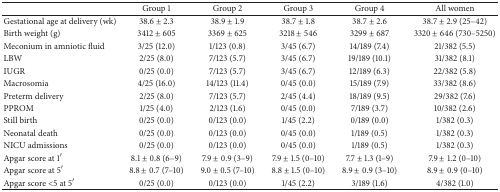
<table><thead><tr><td><b> </b></td><td><b>Group 1</b></td><td><b>Group 2</b></td><td><b>Group 3</b></td><td><b>Group 4</b></td><td><b>All women</b></td></tr></thead><tbody><tr><td>Gestational age at delivery (wk)</td><td>38.6 ± 2.3</td><td>38.9 ± 1.9</td><td>38.7 ± 1.8</td><td>38.7 ± 2.6</td><td>38.7 ± 2.9 (25–42)</td></tr><tr><td>Birth weight (g)</td><td>3412 ± 605</td><td>3369 ± 625</td><td>3218 ± 546</td><td>3299 ± 687</td><td>3320 ± 646 (730–5250)</td></tr><tr><td>Meconium in amniotic fluid</td><td>3/25 (12.0)</td><td>1/123 (0.8)</td><td>3/45 (6.7)</td><td>14/189 (7.4)</td><td>21/382 (5.5)</td></tr><tr><td>LBW</td><td>2/25 (8.0)</td><td>7/123 (5.7)</td><td>3/45 (6.7)</td><td>19/189 (10.1)</td><td>31/382 (8.1)</td></tr><tr><td>IUGR</td><td>0/25 (0.0)</td><td>7/123 (5.7)</td><td>3/45 (6.7)</td><td>12/189 (6.3)</td><td>22/382 (5.8)</td></tr><tr><td>Macrosomia</td><td>4/25 (16.0)</td><td>14/123 (11.4)</td><td>0/45 (0.0)</td><td>15/189 (7.9)</td><td>33/382 (8.6)</td></tr><tr><td>Preterm delivery</td><td>2/25 (8.0)</td><td>7/123 (5.7)</td><td>2/45 (4.4)</td><td>18/189 (9.5)</td><td>29/382 (7.6)</td></tr><tr><td>PPROM</td><td>1/25 (4.0)</td><td>2/123 (1.6)</td><td>0/45 (0.0)</td><td>7/189 (3.7)</td><td>10/382 (2.6)</td></tr><tr><td>Still birth</td><td>0/25 (0.0)</td><td>0/123 (0.0)</td><td>1/45 (2.2)</td><td>0/189 (0.0)</td><td>1/382 (0.3)</td></tr><tr><td>Neonatal death</td><td>0/25 (0.0)</td><td>0/123 (0.0)</td><td>0/45 (0.0)</td><td>1/189 (0.5)</td><td>1/382 (0.3)</td></tr><tr><td>NICU admissions</td><td>0/25 (0.0)</td><td>0/123 (0.0)</td><td>0/45 (0.0)</td><td>1/189 (0.5)</td><td>1/382 (0.3)</td></tr><tr><td>Apgar score at 1′</td><td>8.1 ± 0.8 (6–9)</td><td>7.9 ± 0.9 (3–9)</td><td>7.9 ± 1.5 (0–10)</td><td>7.7 ± 1.3 (1–9)</td><td>7.9 ± 1.2 (0–10)</td></tr><tr><td>Apgar score at 5′</td><td>8.8 ± 0.7 (7–10)</td><td>9.0 ± 0.5 (7–10)</td><td>8.8 ± 1.5 (0–10)</td><td>8.9 ± 0.9 (3–10)</td><td>8.9 ± 0.9 (0–10)</td></tr><tr><td>Apgar score &lt;5 at 5′</td><td>0/25 (0.0)</td><td>0/123 (0.0)</td><td>1/45 (2.2)</td><td>3/189 (1.6)</td><td>4/382 (1.0)</td></tr></tbody></table>